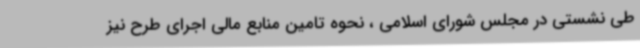
طی نشستی در مجلس شورای اسلامی ، نحوه تامین منابع مالی اجرای طرح نیز